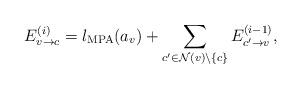
LaTeX: \begin{align*}E_{v \rightarrow c}^{(i)}=l_{\rm MPA}(a_{v}) + \sum_{c'\in \mathcal{N}(v)\backslash\{c\}}E_{c' \rightarrow v}^{(i-1)},\end{align*}